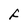
Character: F